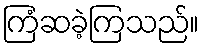
ကြံဆခဲ့ကြသည်။